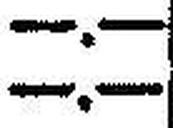
—.—